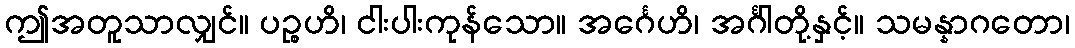
ဤအတူသာလျှင်။ ပဉ္စဟိ၊ ငါးပါးကုန်သော။ အင်္ဂေဟိ၊ အင်္ဂါတို့နှင့်။ သမန္နာဂတော၊